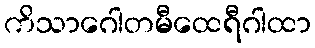
ကိသာဂေါတမီထေရီဂါထာ